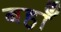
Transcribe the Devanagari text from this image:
बहाँ